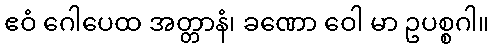
ဧဝံ ဂေါပေထ အတ္တာနံ၊ ခဏော ဝေါ မာ ဥပစ္စဂါ။